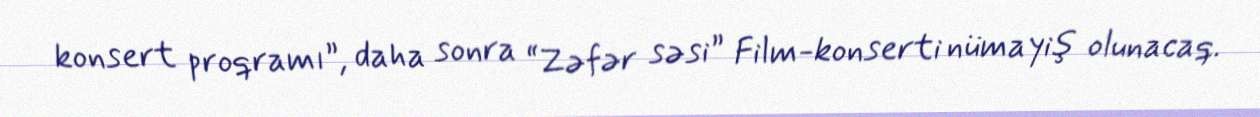
konsert proqramı”, daha sonra “Zəfər səsi” Film-konserti nümayiş olunacaq.